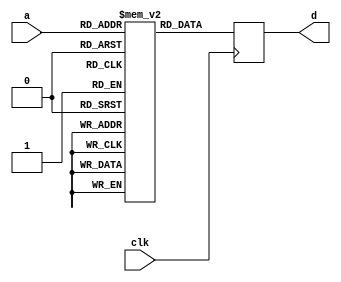
/*
 * This IP is the ROM memory for the Atmel MEGA CPU implementation.
 * 
 * Copyright (C) 2017  Iulian Gheorghiu  (morgoth@devboard.tech)
 * 
 * This program is free software; you can redistribute it and/or
 * modify it under the terms of the GNU General Public License
 * as published by the Free Software Foundation; either version 2
 * of the License, or (at your option) any later version.
 * 
 * This program is distributed in the hope that it will be useful,
 * but WITHOUT ANY WARRANTY; without even the implied warranty of
 * MERCHANTABILITY or FITNESS FOR A PARTICULAR PURPOSE.  See the
 * GNU General Public License for more details.
 * 
 * You should have received a copy of the GNU General Public License
 * along with this program; if not, write to the Free Software
 * Foundation, Inc., 51 Franklin Street, Fifth Floor, Boston, MA  02110-1301, USA.
 */

`timescale 1ns / 1ps
 
module mega_rom  #(
	parameter ADDR_ROM_BUS_WIDTH = 14, /* < in address lines */
	parameter ROM_PATH = ""
) (
	input clk,
	input [ADDR_ROM_BUS_WIDTH-1:0] a,
	output reg[15:0]d
);

(* ram_style="block" *)
reg [15:0] mem [(2**ADDR_ROM_BUS_WIDTH)-1:0];

initial begin
if (ROM_PATH != "")
	$readmemh(ROM_PATH, mem);
end

reg [ADDR_ROM_BUS_WIDTH-1:0] a_int;

always @ (posedge clk)
begin
		d <= mem[a];
end

endmodule